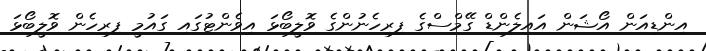
އިންޑިއަން އޯޝަން އައިލެންޑް ގޭމްސްގެ ފިރިހެނުންގެ ވޮލީބޯޅަ އިވެންޓުގައި ގައުމީ ފިރިހެން ވޮލީބޯޅަ